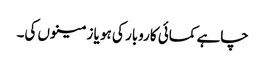
چاہے کمائی کاروبار کی ہو یا زمینوں کی۔